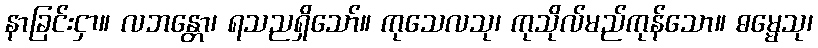
နာခြင်းငှာ။ လဘန္တော၊ ရသညရှိသော်။ ကုသေလသု၊ ကုသိုလ်မည်ကုန်သော။ ဓမ္မေသု၊